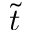
\tilde { t }